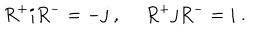
LaTeX: R ^ { + } i R ^ { - } = - j ~ , ~ ~ R ^ { + } j R ^ { - } = i ~ .